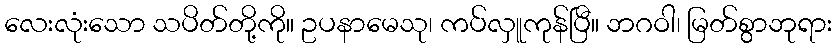
လေးလုံးသော သပိတ်တို့ကို။ ဥပနာမေသု၊ ကပ်လှူကုန်ပြီ။ ဘဂဝါ၊ မြတ်စွာဘုရား